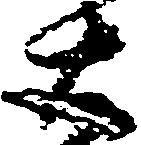
右